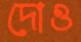
দোও